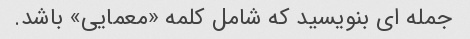
جمله ای بنویسید که شامل کلمه «معمایی» باشد.